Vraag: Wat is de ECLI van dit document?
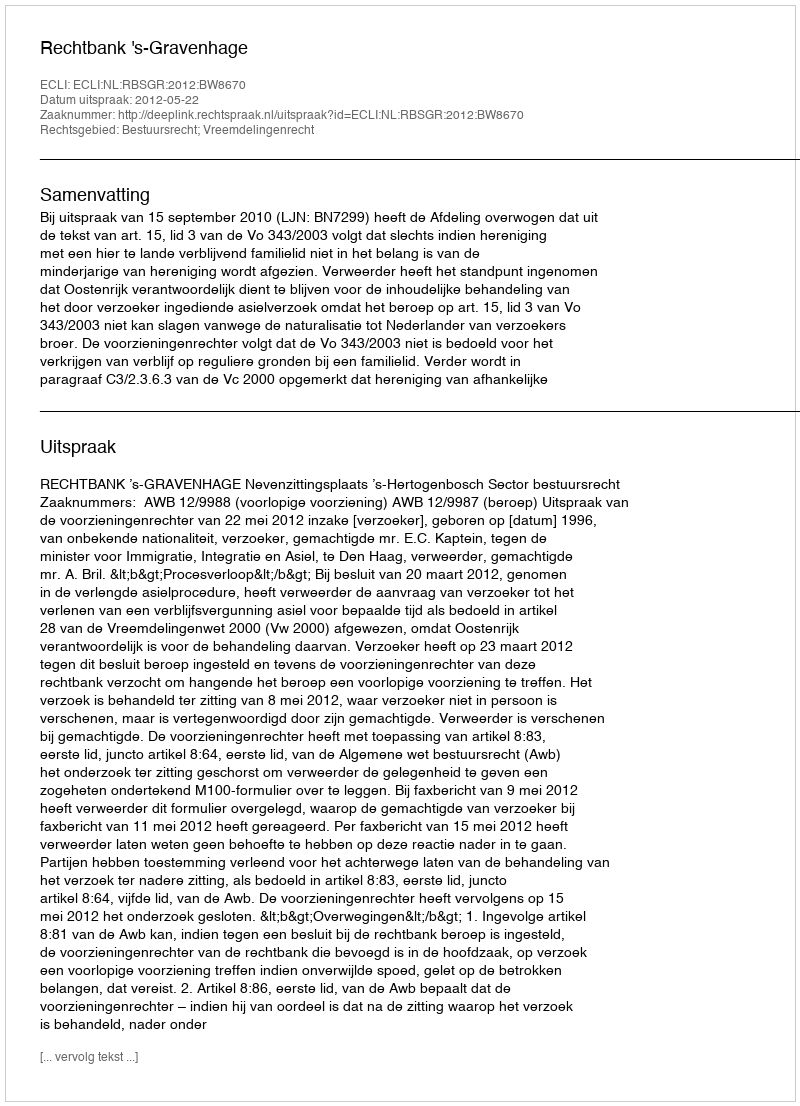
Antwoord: ECLI:NL:RBSGR:2012:BW8670